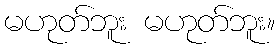
မဟုတ်ဘူး မဟုတ်ဘူး။